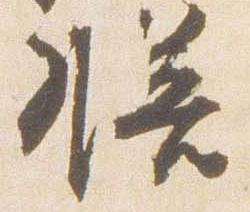
膳